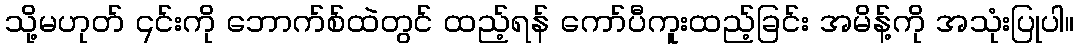
သို့မဟုတ် ၎င်းကို ဘောက်စ်ထဲတွင် ထည့်ရန် ကော်ပီကူးထည့်ခြင်း အမိန့်ကို အသုံးပြုပါ။